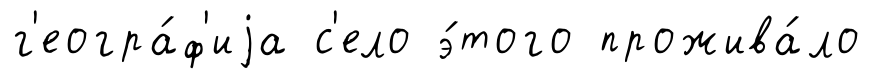
г'еогра́ф'иjа с'ело э́того прожива́ло